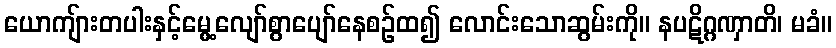
ယောကျ်ားတပါးနှင့်မွေ့လျော်စွာပျော်နေစဉ်ထ၍ လောင်းသောဆွမ်းကို။ နပဋိဂ္ဂဏှာတိ၊ မခံ။